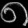
Digit: ၈